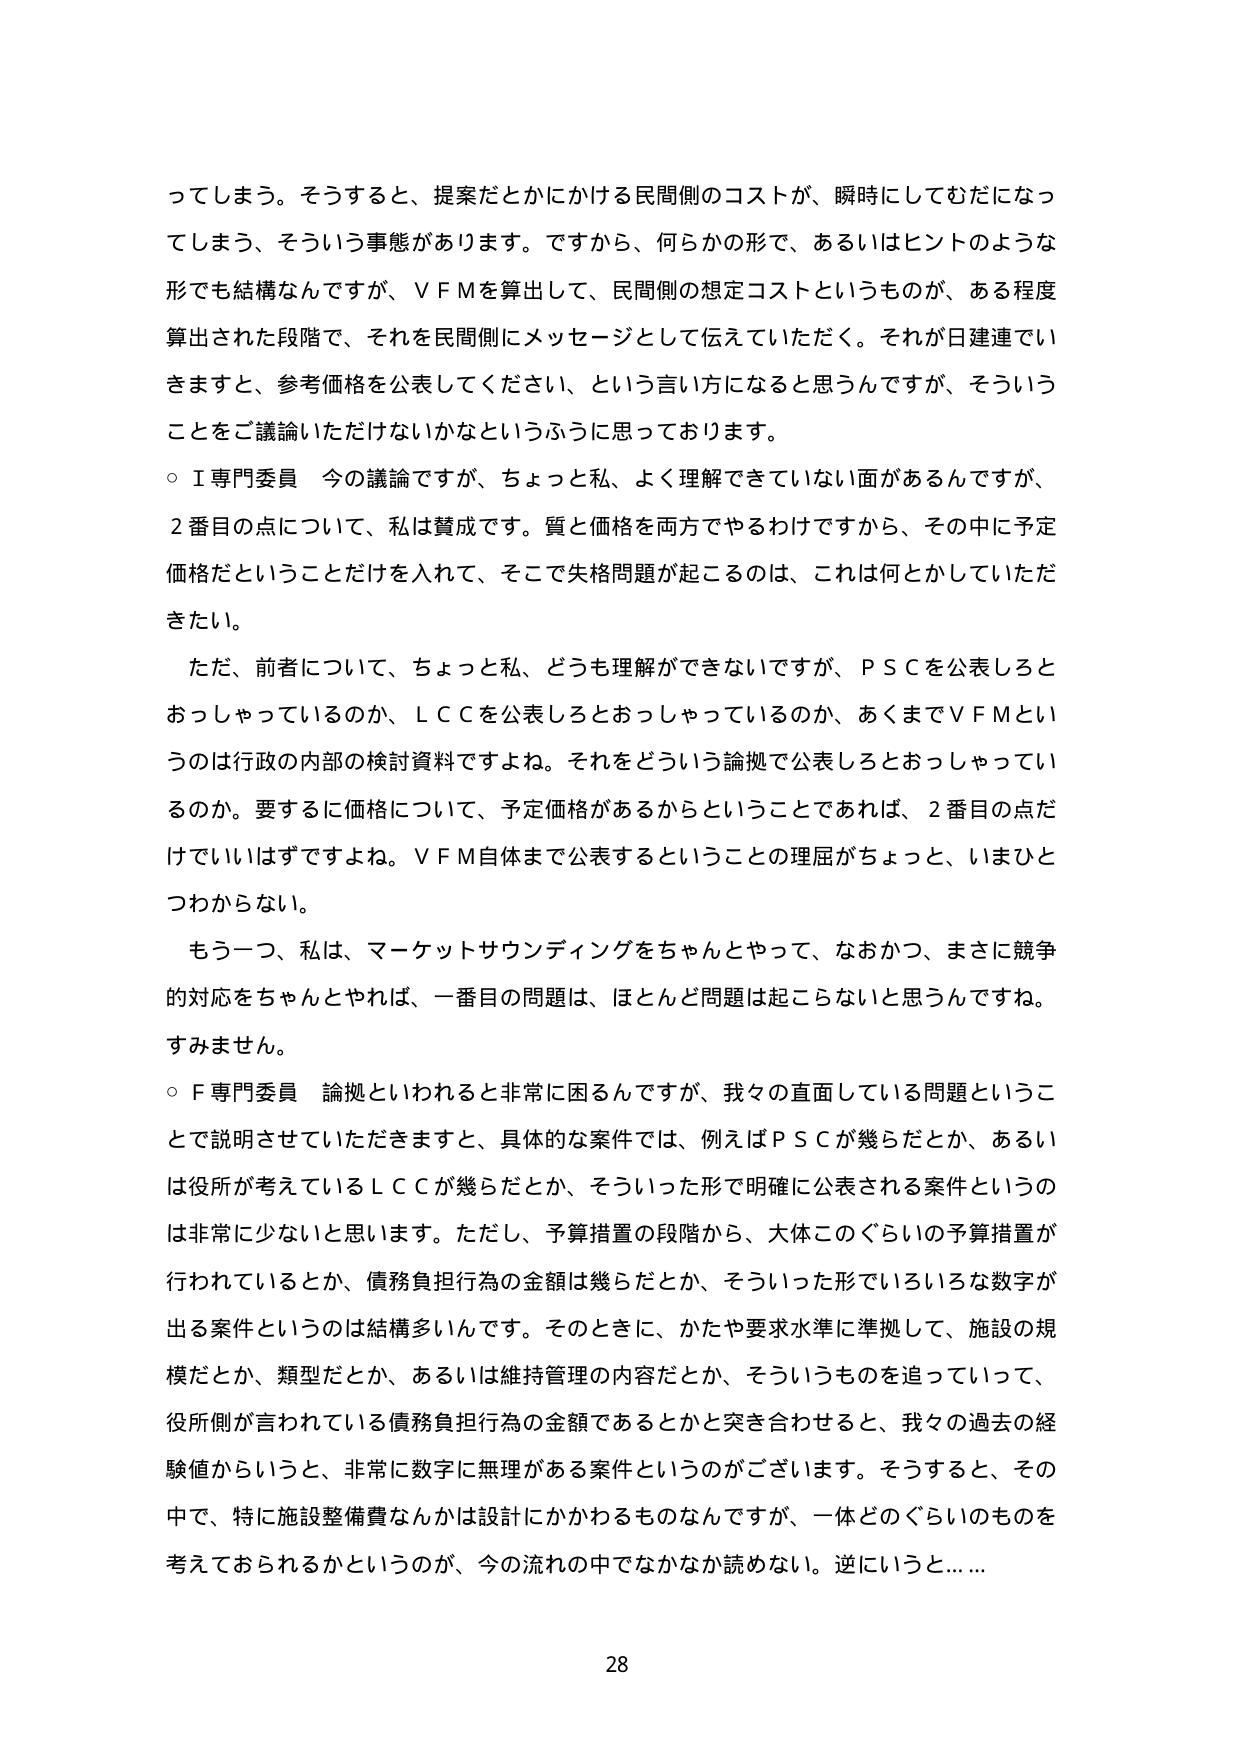
ってしまう。そうすると、提案だとかにかける民間側のコストが、瞬時にしてむだになっ
てしまう、そういう事態があります。ですから、何らかの形で、あるいはヒントのような
形でも結構なんですが、ＶＦＭを算出して、民間側の想定コストというものが、ある程度
算出された段階で、それを民間側にメッセージとして伝えていただく。それが日建連でい
きますと、参考価格を公表してください、という言い方になると思うんですが、そういう
ことをご議論いただけないかなというふうに思っております。
○Ｉ専門委員　今の議論ですが、ちょっと私、よく理解できていない面があるんですが、
２番目の点について、私は賛成です。質と価格を両方でやるわけですから、その中に予定
価格だということだけを入れて、そこで失格問題が起こるのは、これは何とかしていただ
きたい。
　ただ、前者について、ちょっと私、どうも理解ができないですが、ＰＳＣを公表しろと
おっしゃっているのか、ＬＣＣを公表しろとおっしゃっているのか、あくまでＶＦＭとい
うのは行政の内部の検討資料ですよね。それをどういう論拠で公表しろとおっしゃってい
るのか。要するに価格について、予定価格があるからということでであれば、２番目の点だ
けでいいはずですよね。ＶＦＭ自体まで公表するということの理屈がちょっと、いまひと
つわからない。
　もう一つ、私は、マーケットサウンディングをちゃんとやって、なおかつ、まさに競争
的対応をちゃんとやれば、一番目の問題は、ほとんど問題は起こらないと思うんですね。
すみません。
○Ｆ専門委員　論拠といわれると非常に困るんですが、我々の直面している問題というこ
とで説明させていただきますと、具体的な案件では、例えばＰＳＣが幾らだとか、あるい
は役所が考えているＬＣＣが幾らだとか、そういった形で明確に公表される案件というの
は非常に少ないと思います。ただし、予算措置の段階から、大体このぐらいの予算措置が
行われているとか、債務負担行為の金額は幾らだとか、そういった形でいろいろな数字が
出る案件というのは結構多いんです。そのときに、かたや要求水準に準拠して、施設の規
模だとか、類型だとか、あるいは維持管理の内容だとか、そういうものを追っていって、
役所側が言われている債務負担行為の金額であるとかと突き合わせると、我々の過去の経
験値からいうと、非常に数字に無理がある案件というのがございます。そうすると、その
中で、特に施設整備費なんかは設計にかかわるものなんですが、一体どのぐらいのものを
考えておられるかというのが、今の流れの中ではなかなか読めない。逆にいうと……
28